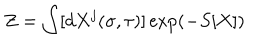
Z = \int [ d X ^ { j } ( \sigma , \tau ) ] \exp \left( - S [ X ] \right)